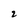
Character: 2